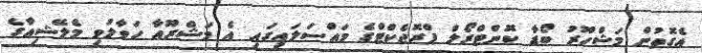
އެގޮތުން މަޝްހޫރު ބޯޑާ ކޮންޓްރޯލް ޕްރޮޖެކްޓްގެ މައްސަލައިގައި އެ މަޝްރޫއާ ހަވާލުވި މެލޭޝިއާގެ